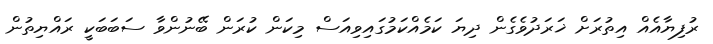
ރުފިޔާއެއް އިތުރަށް ޚަރަދުވެގެން ދިޔަ ކަމެއްކަމުގައިވިއަސް މިކަން ކުރަން ބޭނުންވާ ސަބަބަކީ ރައްޔިތުން